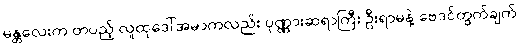
မန္တလေးက တပည့် လူထုဒေါ်အမာကလည်း ပုဏ္ဏားဆရာကြီး ဦးရာမနဲ့ ဗေဒင်တွက်ချက်